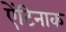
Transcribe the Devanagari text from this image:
ऐंटिनाक